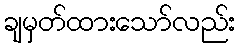
ချမှတ်ထားသော်လည်း